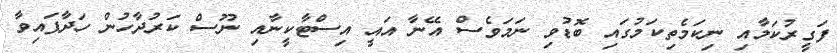
ފަގީރުކަމާއި ނިކަމެތިކަމުގައި ބޮޑުވި ނަމަވެސް އޭނާ އައީ އިސްޓާކީނާއި ނޫސް ކަރުދާހުން ހަދާފައިވާ